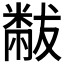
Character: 𬖬